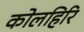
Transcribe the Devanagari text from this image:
कोलहिरि